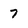
Character: 7